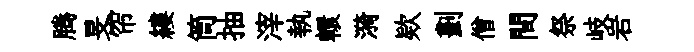
腾旻帘縷筒抽滓執轘漪欵劃僧間祭岐岩